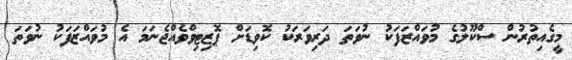
މީގެއިތުރުން ސްކޫލުގެ މުވައްޒަފަކު ނުވަތަ ދަރިވަރަކު ކޮވިޑަށް ޕޮޒިޓިވްވެއްޖެނަމަ އެ މުވައްޒަފަކު ނުވަތަ